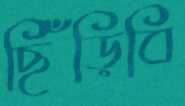
ছিঁড়িবি